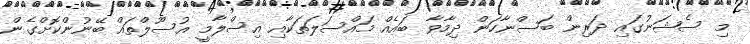
މި ސެޝަނުގައި ދަރިން ބަސްނާހަން ދިމާވާ ބައެއް މައްސަލަތަކާއި އިސްލާމީ އުސޫލްތައް ބޭނުންކޮށްގެން